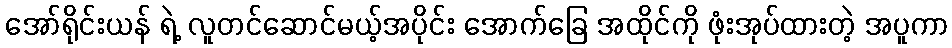
အော်ရိုင်းယန် ရဲ့ လူတင်ဆောင်မယ့်အပိုင်း အောက်ခြေ အထိုင်ကို ဖုံးအုပ်ထားတဲ့ အပူကာ